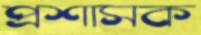
প্রশাসক